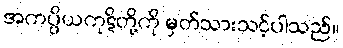
အကပ္ပိယကုဋိတို့ကို မှတ်သားသင့်ပါသည်။